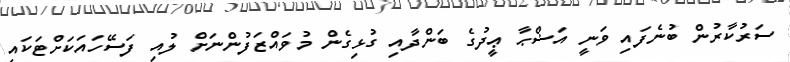
ސަރުކާރުން ބުނެފައި ވަނީ އަޟްޙާ ޢީދުގެ ބަންދާއި ގުޅިގެން މުވައްޒަފުންނަށް ލުއި ފަސޭހައަކަށްޓަކައި